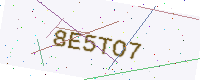
Text: 8E5TO7